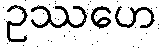
ဥဿဟေ